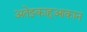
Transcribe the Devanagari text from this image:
अतेझ्काहुआकान